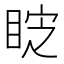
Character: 𭾷